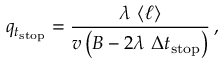
q _ { t _ { \mathrm { s t o p } } } = \frac { \lambda \, \, \langle \ell \rangle } { v \left( B - 2 \lambda \, \, \Delta t _ { \mathrm { s t o p } } \right) } \, ,